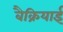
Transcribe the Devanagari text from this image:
बैक्रियाई